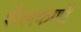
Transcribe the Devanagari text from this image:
शैलकणों